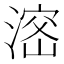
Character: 𣺑